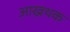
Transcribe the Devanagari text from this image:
आख्रथक